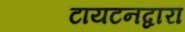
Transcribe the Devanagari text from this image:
टायटनद्वारा